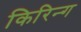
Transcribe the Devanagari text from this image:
किरिन्ग